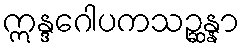
ဣန္ဒဂေါပကသဉ္ဆန္နာ